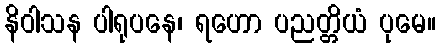
နိဝါသန ပါရုပနေ၊ ရဟော ပညတ္တိယံ ပုမေ။